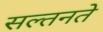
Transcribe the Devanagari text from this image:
सल्तनते